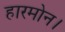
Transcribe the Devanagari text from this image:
हारमोन।